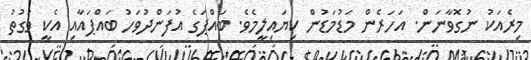
މިރެއަކު ނުގޮވާނަން. އަހަރެން މަޑުމަޑުން ކިޔައިލީމެވެ. ބައްޕަގެ އުފަންދުވަހު ބައްޕައާއި އެކީ ވަގުތު